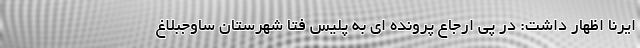
ایرنا اظهار داشت: در پی ارجاع پرونده ای به پلیس فتا شهرستان ساوجبلاغ